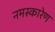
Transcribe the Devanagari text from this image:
नमस्कारेण